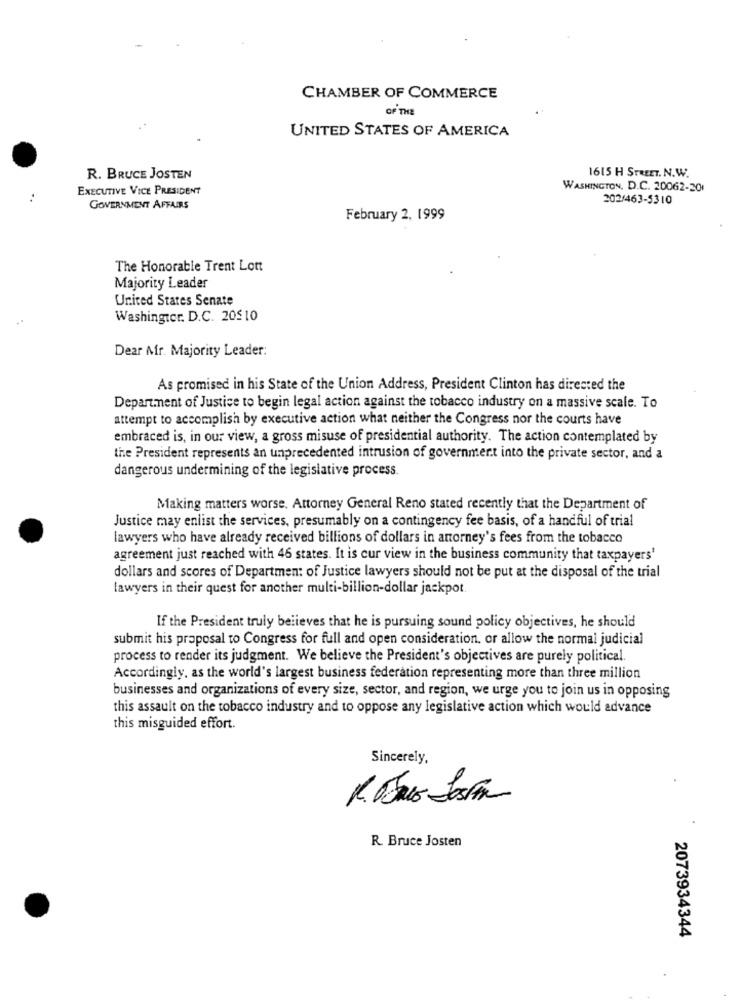
CHAMBER OF COMMERCE
OF THE
UNITED STATES OF AMERICA
1615 H STREET. N.W.
R. BRUCE JOSTEN
EXECUTIVE VICE PRESIDENT
WASHINGTON, D.C. 20062-201
202/463-5310
GOVERNMENT AFFAIRS
February 2, 1999
The Honorable Trent Lott
Majority Leader
United States Senate
Washingtor. D.C. 20510
Dear Mr. Majority Leader:
As promised in his State of the Union Address, President Clinton has directed the
Department of Justice to begin legal action against the tobacco industry on a massive scale. To
attempt to accomplish by executive action what neither the Congress nor the courts have
embraced is, in our view, a gross misuse of presidential authority. The action contemplated by
the President represents an unprecedented intrusion of government into the private sector, and a
dangerous undermining of the legislative process.
Making matters worse. Attorney General Reno stated recently that the Department of
Justice may enlist the services, presumably on a contingency fee basis, of a handful of trial
lawyers who have already received billions of dollars in anorney's fees from the tobacco
agreement just reached with 46 states. It is cur view in the business community that taxpayers'
dollars and scores of Department of Justice lawyers should not be put at the disposal of the trial
lawyers in their quest for another multi-billion-dollar jackpot.
If the President truly believes that he is pursuing sound policy objectives, he should
submit his proposal to Congress for full and open consideration, or allow the normal judicial
process to render its judgment. We believe the President's objectives are purely political.
Accordingly, as the world's largest business federation representing more than three million
businesses and organizations of every size, sector, and region, we urge you to join us in opposing
this assault on the tobacco industry and to oppose any legislative action which would advance
this misguided effort.
Sincerely,
R. Bruce Josten
2073934344
.